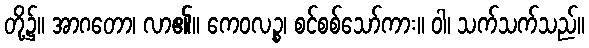
တို့၌။ အာဂတော၊ လာ၏။ ကေဝလဉ္စ၊ စင်စစ်သော်ကား။ ဝါ၊ သက်သက်သည်။